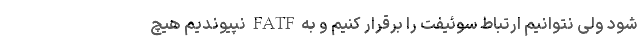
شود ولی نتوانیم ارتباط سوئیفت را برقرار کنیم و به FATF نپیوندیم هیچ